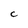
Character: C